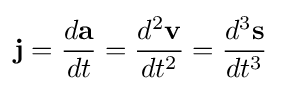
\mathbf {j} ={\frac {d\mathbf {a} }{dt}}={\frac {d^{2}\mathbf {v} }{dt^{2}}}={\frac {d^{3}\mathbf {s} }{dt^{3}}}